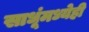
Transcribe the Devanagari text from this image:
साधूंमध्येही